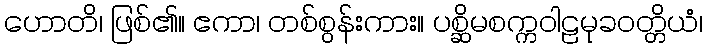
ဟောတိ၊ ဖြစ်၏။ ဧကာ၊ တစ်စွန်းကား။ ပစ္ဆိမစက္ကဝါဠမုခဝတ္တိယံ၊